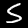
Digit: 5